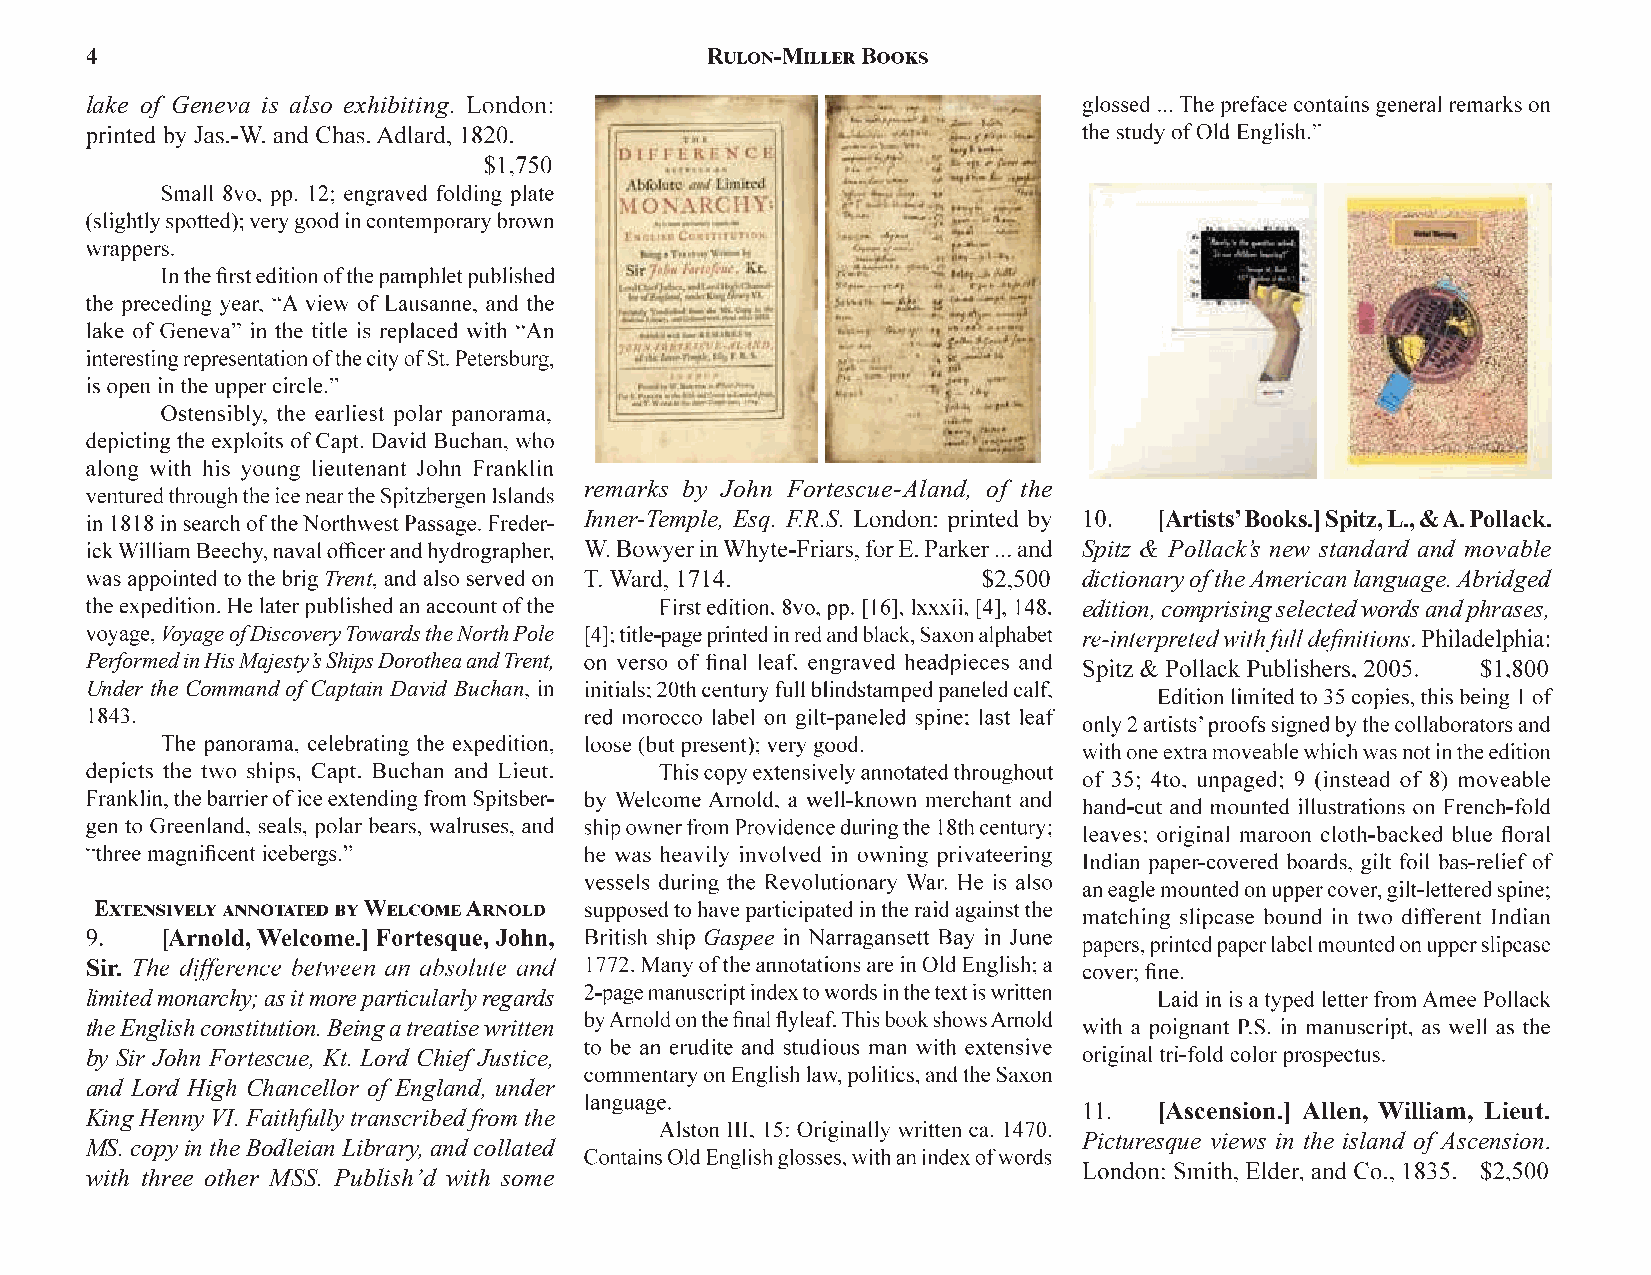
lake of Geneva is also exhibiting
 remarks by John Fortescue-Aland, of the
 Inner-Temple, Esq. F.R.S.             [Artists’ Books.]Spitz, L., & A. Pollack.
 Spitz & Pollack’s new standard and movable
 Trent                                              dictionary of the American language. Abridged
 edition, comprising selected words and phrases,
 Voyage of Discovery Towards the North Pole
 Performed in His Majesty’s Ships Dorothea and Trent,
 Under the Command of Captain David Buchan
 [Arnold, Welcome.]                  Gaspee
 Sir.
 limited monarchy; as it more particularly regards
 the English constitution. Being a treatise written
 by Sir John Fortescue, Kt. Lord Chief Justice,
 and Lord High Chancellor of England, under
 [Ascension.] Allen, William, Lieut.
 King Henny VI. Faithfully transcribed from the
 Picturesque views in the island of Ascension
 MS. copy in the Bodleian Library, and collated
 with three other MSS. Publish’d with some